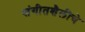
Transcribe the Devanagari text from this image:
संगीतशैलीचे